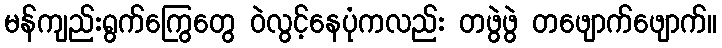
မန်ကျည်းရွက်ကြွေတွေ ဝဲလွင့်နေပုံကလည်း တဖွဲဖွဲ တဖျောက်ဖျောက်။